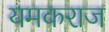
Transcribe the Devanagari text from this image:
यमकराज